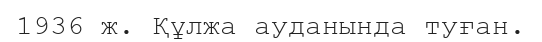
1936 ж. Құлжа ауданында туған.